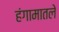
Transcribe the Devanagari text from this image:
हंगामातले